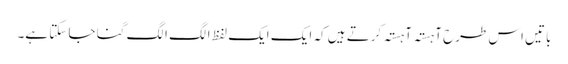
باتیں اس طرح آہستہ آہستہ کرتے ہیں کہ ایک ایک لفظ الگ الگ گنا جا سکتا ہے۔